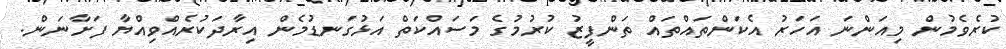
ކުރެވެމުން މިއަންނަ އަހަރު އެކަންތައްތައް ތަންފީޒު ކުރުމުގެ މަސައްކަތް އަޅުގަނޑުމެން އިރާދަކުރެއްވިއްޔާ ފަށާނަން.